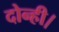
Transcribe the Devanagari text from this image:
दोन्ही।